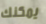
يمكنك